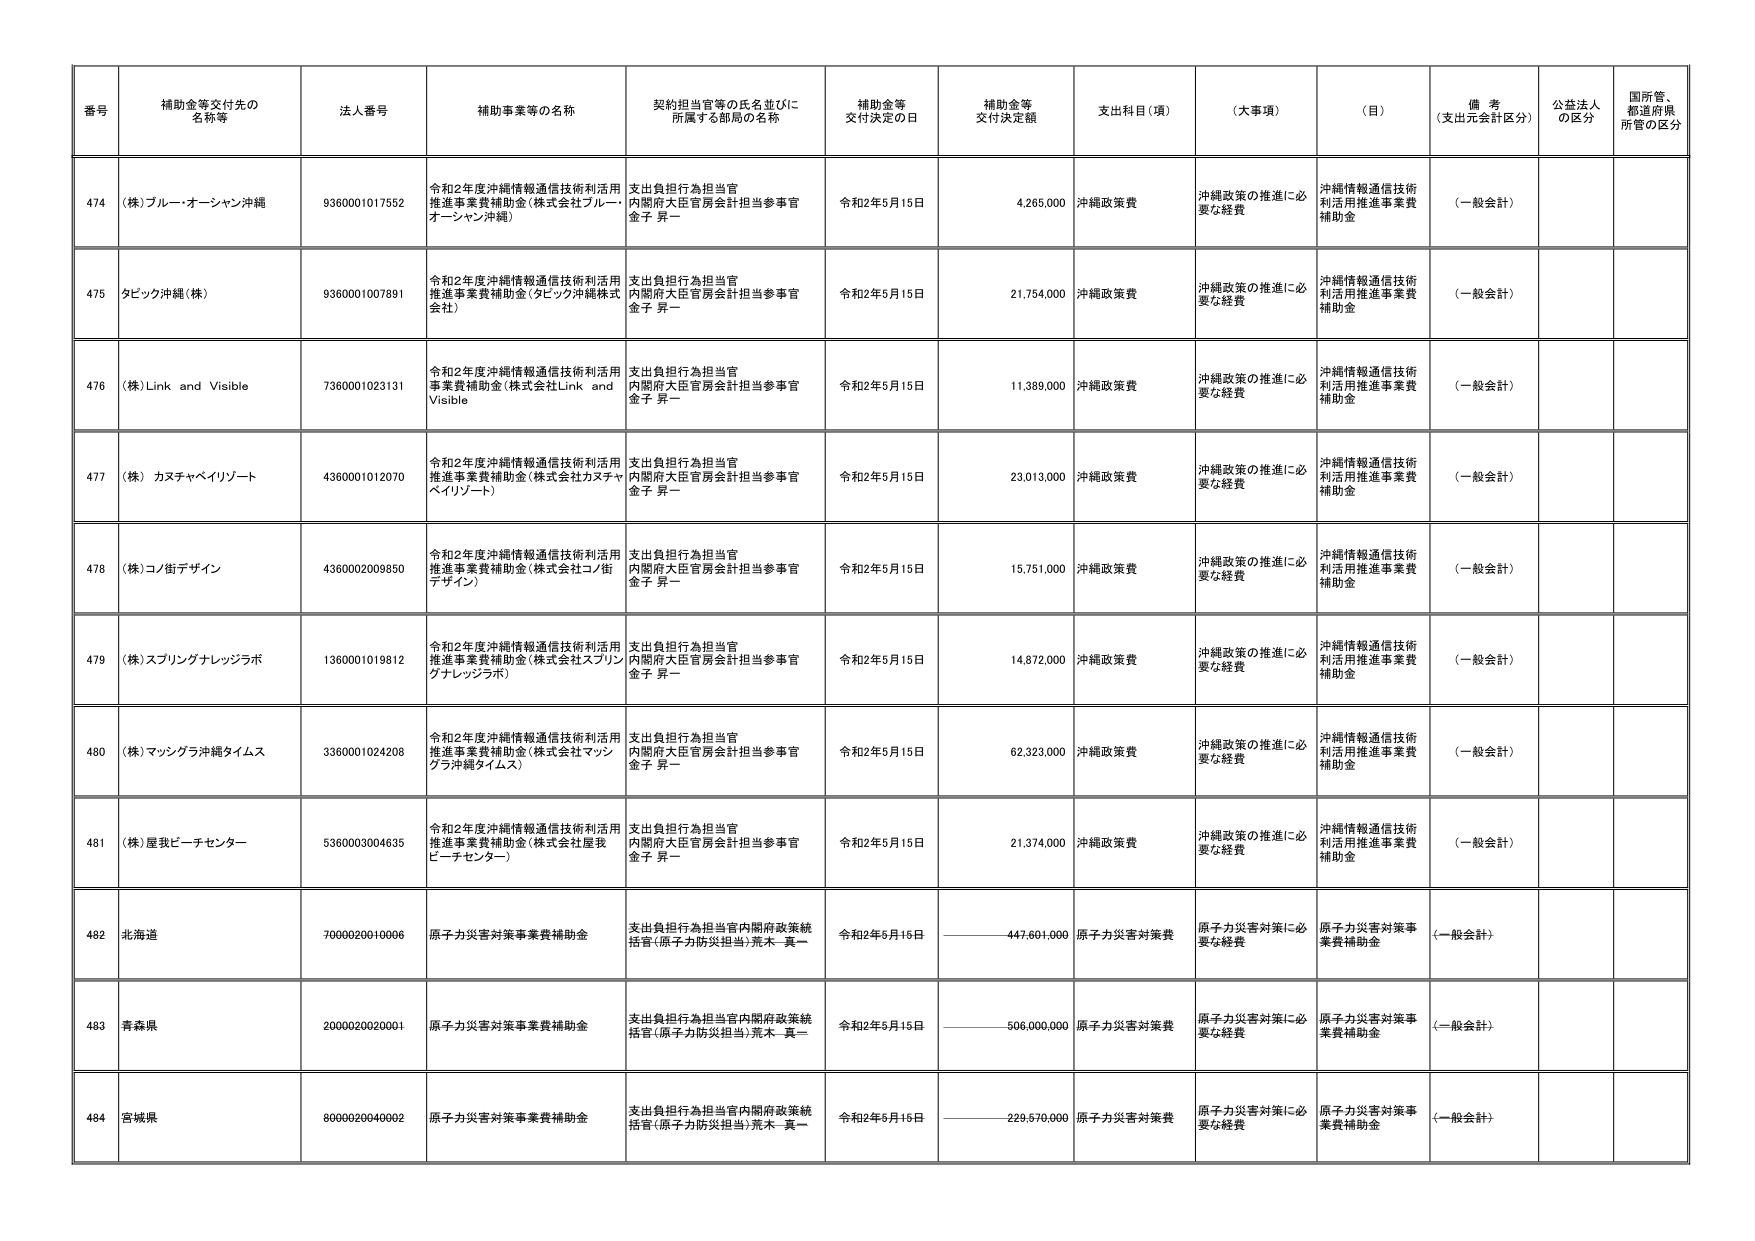
番号 補助金等交付先の名称等 法人番号 補助事業等の名称 契約担当官等の氏名並びに所属する部局の名称 補助金等交付決定の日 補助金等交付決定額 支出科目（項） （大事項） （目） 備考（支出元会計区分） 公益法人の区分 国所管、都道府県所管の区分

474 （株）ブルー・オーシャン沖縄 9360001017552 令和2年度沖縄情報通信技術利活用推進事業費補助金（株式会社ブルー・オーシャン沖縄） 支出負担行為担当官 内閣府大臣官房会計担当参事官 金子 昇一 令和2年5月15日 4,265,000 沖縄政策費 沖縄政策の推進に必要な経費 沖縄情報通信技術利活用推進事業費補助金 （一般会計）

475 タビック沖縄（株） 9360001007891 令和2年度沖縄情報通信技術利活用推進事業費補助金（タビック沖縄株式会社） 支出負担行為担当官 内閣府大臣官房会計担当参事官 金子 昇一 令和2年5月15日 21,754,000 沖縄政策費 沖縄政策の推進に必要な経費 沖縄情報通信技術利活用推進事業費補助金 （一般会計）

476 （株）Link and Visible 7360001023131 令和2年度沖縄情報通信技術利活用事業費補助金（株式会社Link and Visible） 支出負担行為担当官 内閣府大臣官房会計担当参事官 金子 昇一 令和2年5月15日 11,389,000 沖縄政策費 沖縄政策の推進に必要な経費 沖縄情報通信技術利活用推進事業費補助金 （一般会計）

477 （株）カヌチャベイリゾート 4360001012070 令和2年度沖縄情報通信技術利活用推進事業費補助金（株式会社カヌチャベイリゾート） 支出負担行為担当官 内閣府大臣官房会計担当参事官 金子 昇一 令和2年5月15日 23,013,000 沖縄政策費 沖縄政策の推進に必要な経費 沖縄情報通信技術利活用推進事業費補助金 （一般会計）

478 （株）コノ街デザイン 4360002009850 令和2年度沖縄情報通信技術利活用推進事業費補助金（株式会社コノ街デザイン） 支出負担行為担当官 内閣府大臣官房会計担当参事官 金子 昇一 令和2年5月15日 15,751,000 沖縄政策費 沖縄政策の推進に必要な経費 沖縄情報通信技術利活用推進事業費補助金 （一般会計）

479 （株）スプリングナレッジラボ 1360001019812 令和2年度沖縄情報通信技術利活用推進事業費補助金（株式会社スプリングナレッジラボ） 支出負担行為担当官 内閣府大臣官房会計担当参事官 金子 昇一 令和2年5月15日 14,872,000 沖縄政策費 沖縄政策の推進に必要な経費 沖縄情報通信技術利活用推進事業費補助金 （一般会計）

480 （株）マッシグラ沖縄タイムス 3360001024208 令和2年度沖縄情報通信技術利活用推進事業費補助金（株式会社マッシグラ沖縄タイムス） 支出負担行為担当官 内閣府大臣官房会計担当参事官 金子 昇一 令和2年5月15日 62,323,000 沖縄政策費 沖縄政策の推進に必要な経費 沖縄情報通信技術利活用推進事業費補助金 （一般会計）

481 （株）屋我ビーチセンター 5360003004635 令和2年度沖縄情報通信技術利活用推進事業費補助金（株式会社屋我ビーチセンター） 支出負担行為担当官 内閣府大臣官房会計担当参事官 金子 昇一 令和2年5月15日 21,374,000 沖縄政策費 沖縄政策の推進に必要な経費 沖縄情報通信技術利活用推進事業費補助金 （一般会計）

482 北海道 7000020010006 原子力災害対策事業費補助金 支出負担行為担当官内閣府政策統括官（原子力防災担当）荒木 真一 令和2年6月16日 447,601,000 原子力災害対策費 原子力災害対策に必要な経費 原子力災害対策事業費補助金 （一般会計）

483 青森県 2000020020001 原子力災害対策事業費補助金 支出負担行為担当官内閣府政策統括官（原子力防災担当）荒木 真一 令和2年5月15日 506,000,000 原子力災害対策費 原子力災害対策に必要な経費 原子力災害対策事業費補助金 （一般会計）

484 宮城県 8000020040002 原子力災害対策事業費補助金 支出負担行為担当官内閣府政策統括官（原子力防災担当）荒木 真一 令和2年6月16日 229,570,000 原子力災害対策費 原子力災害対策に必要な経費 原子力災害対策事業費補助金 （一般会計）